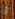
و